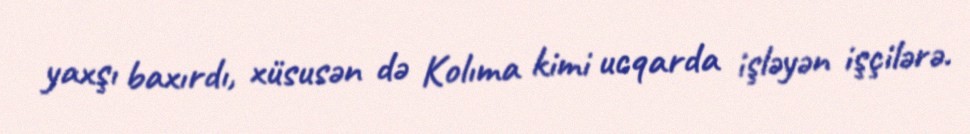
yaxşı baxırdı, xüsusən də Kolıma kimi ucqarda işləyən işçilərə.